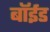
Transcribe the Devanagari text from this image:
बॉईड